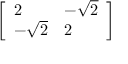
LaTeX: \left[ { \begin{array} { l l } { 2 } & { - { \sqrt { 2 } } } \\ { - { \sqrt { 2 } } } & { 2 } \end{array} } \right]